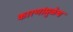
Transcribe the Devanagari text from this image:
कारणांमुळेच